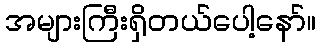
အများကြီးရှိတယ်ပေါ့နော်။